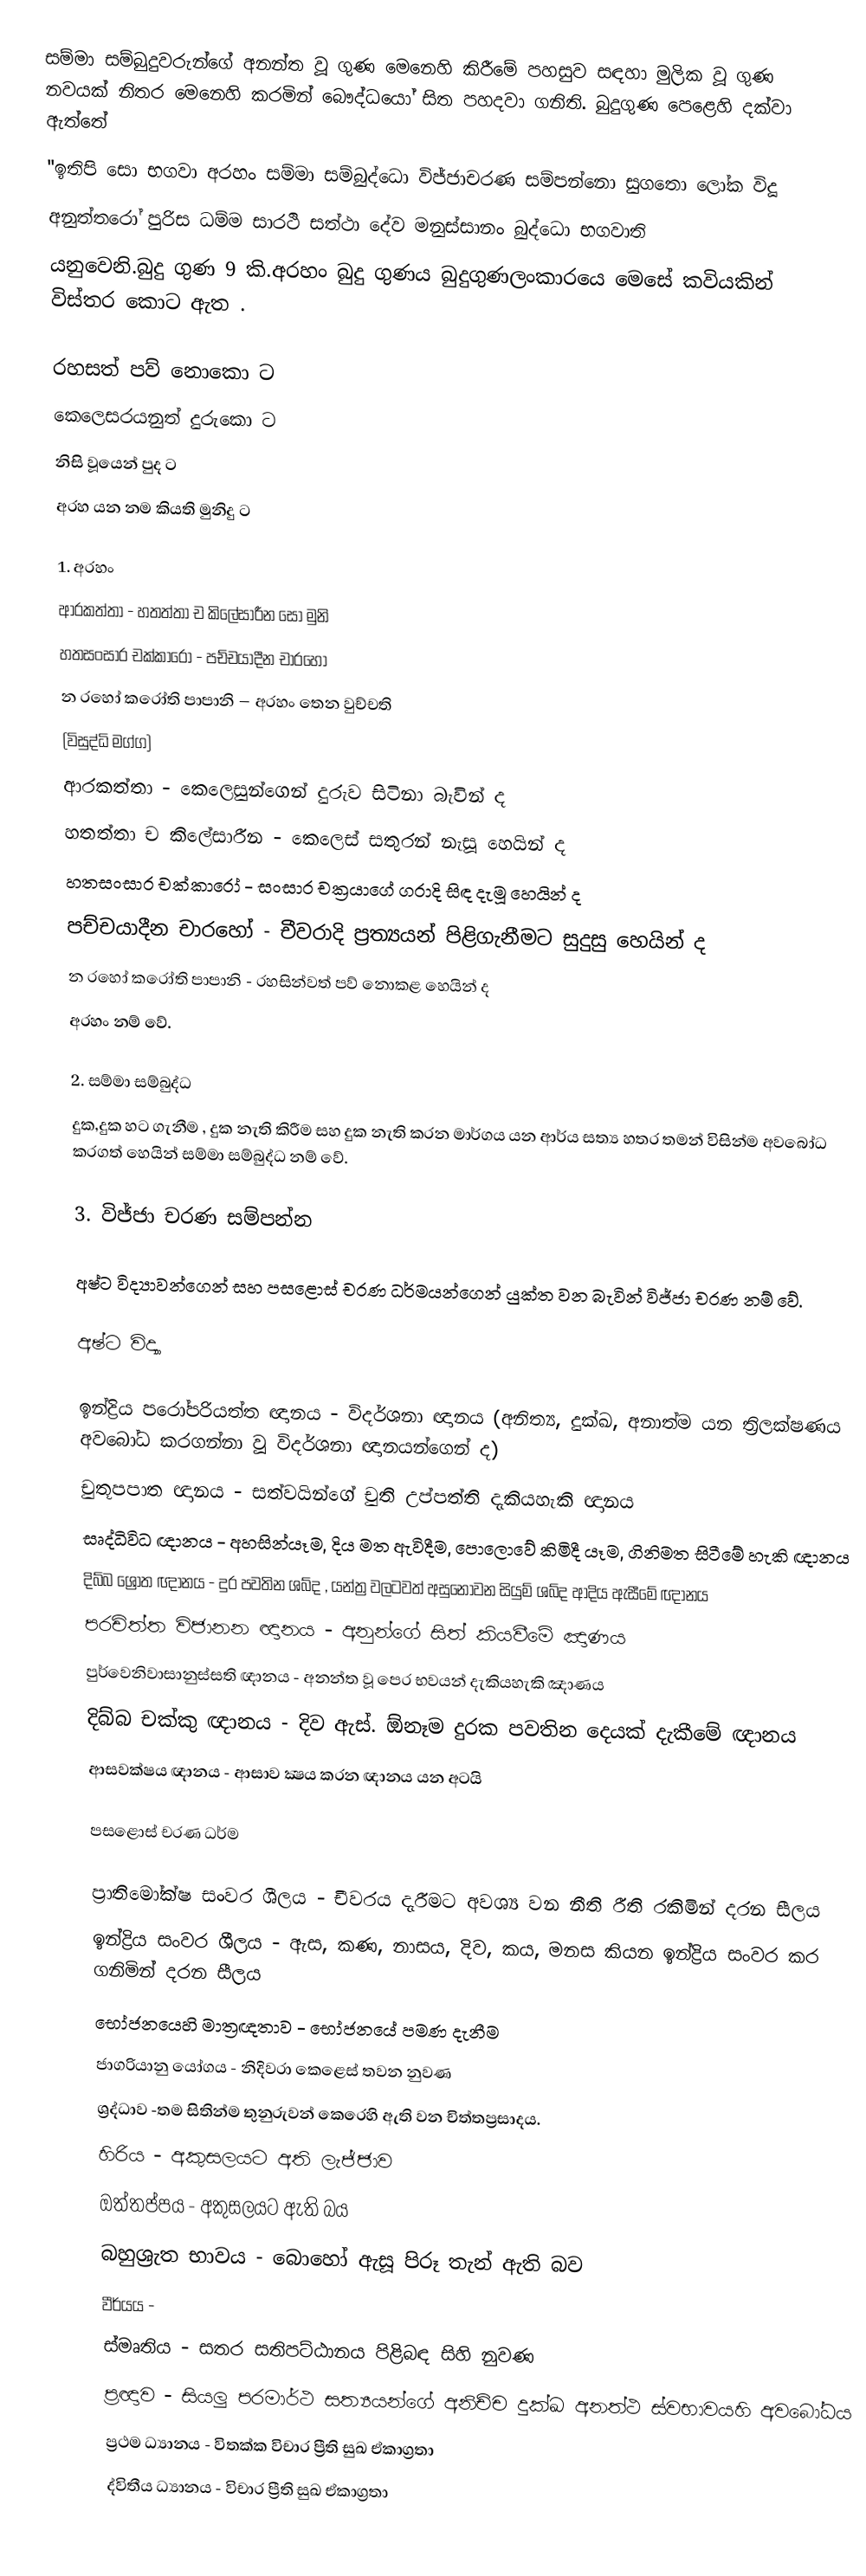
සම්මා සම්බුදුවරුන්ගේ අනන්ත වූ ගුණ මෙනෙහි කිරීමේ පහසුව සඳහා මුලික වූ ගුණ නවයක් නිතර මෙනෙහි කරමින් බෞද්ධයෝ සිත පහදවා ගනිති. බුදුගුණ පෙළෙහි දක්වා ඇත්තේ
''ඉතිපි සො භගවා අරහං සම්මා සම්බුද්ධො විජ්ජාචරණ සම්පන්නො සුගතො ලෝක විදූ
අනුත්තරෝ පුරිස ධම්ම සාරථි සත්ථා දේව මනුස්සානං බුද්ධො භගවාති
යනුවෙනි.බුදු ගුණ 9 කි.අරහං බුදු ගුණය බුදුගුණලංකාරයෙ මෙසේ කවියකින් විස්තර කොට ඇත .

රහසත් පව් නොකො         ට
කෙලෙසරයනුත් දුරුකො      ට
නිසි වූයෙන් පුද             ට
අරහ යන නම කියති මුනිදු   ට

1. අරහං
ආරකත්තා - හතත්තා ච කිලේසාරීන සෝ මුනි
හතසංසාර චක්කාරො - පච්චයාදීන චාරහෝ
න රහෝ කරෝති පාපානි – අරහං තෙන වුච්චති
(විසුද්ධි මග්ග)
ආරකත්තා - කෙලෙසුන්ගෙන් දුරුව සිටිනා බැවින් ද
හතත්තා ච කිලේසාරීන - කෙලෙස් සතුරන් නැසූ හෙයින් ද
හතසංසාර චක්කාරෝ - සංසාර චක්‍රයාගේ ගරාදි සිඳ දැමූ හෙයින් ද
පච්චයාදීන චාරහෝ - චීවරාදි ප්‍රත්‍යයන් පිළිගැනීමට සුදුසු හෙයින් ද
න රහෝ කරෝති පාපානි - රහසින්වත් පව් නොකළ හෙයින් ද
අරහං නම් වේ.

2. සම්මා සම්බුද්ධ
දුක,දුක හට ගැනීම , දුක නැති කිරීම සහ දුක නැති කරන මාර්ගය යන ආර්ය සත්‍ය හතර තමන් විසින්ම අවබෝධ කරගත් හෙයින් සම්මා සම්බුද්ධ නම් වේ.

3. විජ්ජා චරණ සම්පන්න

අෂ්ට විද්‍යාවන්ගෙන් සහ පසළොස් චරණ ධර්මයන්ගෙන් යුක්ත වන බැවින් විජ්ජා චරණ නම් වේ.

අෂ්ට විද්‍යා

 ඉන්ද්‍රිය පරෝපරියත්ත ඥානය  - විදර්ශනා ඥානය (අනිත්‍ය, දුක්ඛ, අනාත්ම යන ත්‍රිලක්ෂණය අවබෝධ කරගන්නා වූ විදර්ශනා ඥානයන්ගෙන් ද)
චුතූපපාත ඥානය  - සත්වයින්ගේ චුති උප්පත්ති දැකියහැකි ඥානය
 සෘද්ධිවිධ ඥානය  - අහසින්යෑම, දිය මත ඇවිදීම, පොලොවේ කිමිදී යෑම, ගිනිමත සිටීමේ හැකි ඥානය
 දිබ්බ ශ්‍රෝත ඥානය - දුර පවතින ශබ්ද , යන්ත්‍ර වලටවත් අසුනොවන සියුම් ශබ්ද ආදිය ඇසීමේ ඥානය
 පරචිත්ත විජානන ඥානය  - අනුන්ගේ සිත් කියවීමේ ඤාණය
 පුර්වෙනිවාසානුස්සති ඥානය  - අනන්ත වූ පෙර භවයන් දැකියහැකි ඤාණය
 දිබ්බ චක්කු ඥානය  - දිව ඇස්. ඕනෑම දුරක පවතින දෙයක් දැකීමේ ඥානය
 ආසවක්ෂය ඥානය - ආසාව ක්‍ෂය කරන ඥානය  යන අටයි

පසළොස් චරණ ධර්ම

 ප්‍රාතිමෝක්ෂ සංවර ශීලය - චීවරය දැරීමට අවශ්‍ය වන නීති රීති රකිමින් දරන සීලය
 ඉන්ද්‍රිය සංවර ශීලය - ඇස, කණ, නාසය, දිව, කය, මනස කියන ඉන්ද්‍රිය සංවර කර ගනිමින් දරන සීලය
 භෝජනයෙහි මාත්‍රඥතාව - භෝජනයේ පමණ දැනීම
 ජාගරියානු යෝගය - නිදිවරා කෙළෙස් තවන නුවණ
 ශ්‍රද්ධාව -තම සිතින්ම තුනුරුවන් කෙරෙහි ඇති වන චිත්තප්‍රසාදය.
 හිරිය - අකුසලයට අති ලැජ්ජාව
 ඔත්තප්පය - අකුසලයට ඇති බය
 බහුශ්‍රැත භාවය - බොහෝ ඇසූ පිරූ තැන් ඇති බව
 වීර්යය -
 ස්මෘතිය - සතර සතිපට්ඨානය පිළිබඳ සිහි නුවණ
 ප්‍රඥාව - සියලු පරමාර්ථ සත්‍යයන්ගේ අනිච්ච දුක්ඛ අනත්ථ ස්වභාවයහි අවබෝධය
 ප්‍රථම ධ්‍යානය - විතක්ක විචාර ප්‍රීති සුඛ ඒකාග්‍රතා
 ද්විතීය ධ්‍යානය - විචාර ප්‍රීති සුඛ ඒකාග්‍රතා